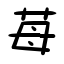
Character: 苺